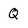
Character: Q